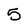
Character: 5